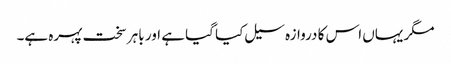
مگر یہاں اس کا دروازہ سیل کیا گیا ہے اور باہر سخت پہرہ ہے۔